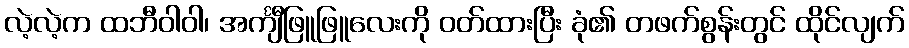
လဲ့လဲ့က ထဘီဝါဝါ၊ အင်္ကျီဖြူဖြူလေးကို ဝတ်ထားပြီး ခုံ၏ တဖက်စွန်းတွင် ထိုင်လျက်